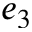
e _ { 3 }